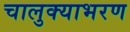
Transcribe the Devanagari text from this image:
चालुक्याभरण